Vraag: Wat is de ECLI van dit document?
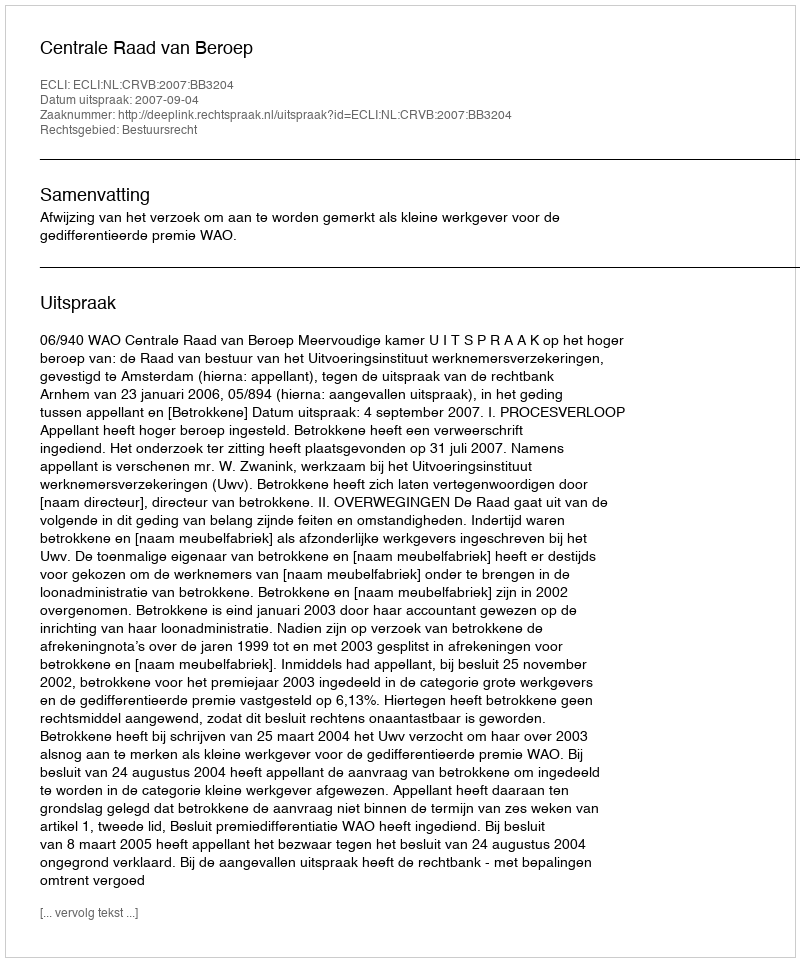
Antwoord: ECLI:NL:CRVB:2007:BB3204